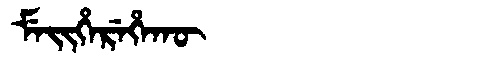
Manchu: ᠮᡝᡳᡥᡝᡵᡝᡥᠠᡴᡡ
Romanization: MEIHEREHAKŪ